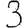
Digit: 3